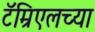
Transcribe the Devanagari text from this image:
टॅम्रिएलच्या